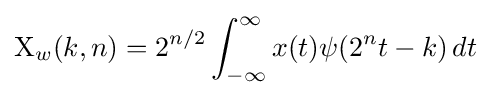
\mathrm {X} _{w}(k,n)=2^{n/2}\int _{-\infty }^{\infty }x(t)\psi (2^{n}t-k)\,dt